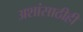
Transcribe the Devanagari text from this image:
अशांसाठीही